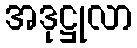
အဒုဋ္ဌုလာ